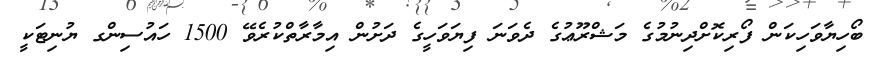
ބޯހިޔާވަހިކަން ފޯރިކޮށްދިނުމުގެ މަޝްރޫޢުގެ ދެވަނަ ފިޔަވަހީގެ ދަށުން އިމާރާތްކުރެވޭ 1500 ހައުސިންގ ޔުނިޓަކީ